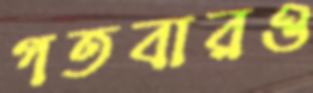
গতবারও